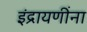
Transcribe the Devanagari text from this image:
इंद्रायणींना